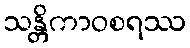
သန္တိကာဝစရဿ